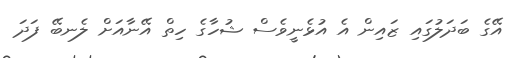
އޭގެ ބަދަލުގައި ޒައިން އެ އުޅެނީވެސް ޝުހާގެ ހިތް އޭނާއަށް ލެނބޭ ފަދަ